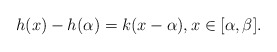
\begin{align*}h(x)-h(\alpha)=k(x-\alpha),x\in [\alpha,\beta]. \end{align*}